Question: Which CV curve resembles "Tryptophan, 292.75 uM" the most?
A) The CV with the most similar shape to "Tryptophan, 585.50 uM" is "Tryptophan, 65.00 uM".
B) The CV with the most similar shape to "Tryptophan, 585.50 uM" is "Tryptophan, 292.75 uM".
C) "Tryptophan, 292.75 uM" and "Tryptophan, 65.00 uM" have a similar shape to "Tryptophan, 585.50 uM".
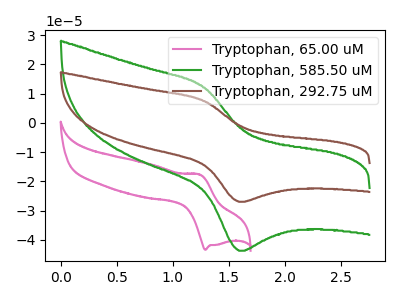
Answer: <think>The pink curve "Tryptophan, 65.00 uM" has an anodic peak at (1.25V, -17.70uA) and a cathodic peak at (1.30V, -43.40uA). The green curve "Tryptophan, 585.50 uM" has an anodic peak at (1.30V, 12.05uA) and a cathodic peak at (1.60V, -43.75uA). The brown curve "Tryptophan, 292.75 uM" has an anodic peak at (1.30V, 7.45uA) and a cathodic peak at (1.60V, -27.00uA).
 "Tryptophan, 65.00 uM" and "Tryptophan, 585.50 uM" have at least one peak that do not match. "Tryptophan, 65.00 uM" and "Tryptophan, 292.75 uM" have at least one peak that do not match. All the peaks in "Tryptophan, 585.50 uM" have a peak in "Tryptophan, 292.75 uM" at the same potential. Every peak in "Tryptophan, 585.50 uM" is higher than every peak in "Tryptophan, 292.75 uM".</think>
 <answer>B) The CV with the most similar shape to "Tryptophan, 585.50 uM" is "Tryptophan, 292.75 uM".</answer>
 <eval>B</eval>